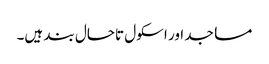
مساجد اور اسکول تاحال بند ہیں۔